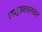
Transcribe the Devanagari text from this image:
छात्रावासभवन